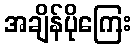
အချိန်ပိုကြေး